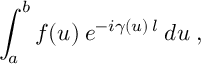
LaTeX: \int _ { a } ^ { b } f ( u ) \: e ^ { - i \gamma ( u ) \: l } \: d u \; ,